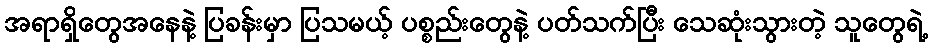
အရာရှိတွေအနေနဲ့ ပြခန်းမှာ ပြသမယ့် ပစ္စည်းတွေနဲ့ ပတ်သက်ပြီး သေဆုံးသွားတဲ့ သူတွေရဲ့